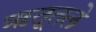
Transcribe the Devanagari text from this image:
ऋतूतले